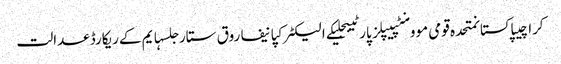
کراچیپاکستانمتحدہ قومی موومنٹپیپلز پارٹیبجلیکے الیکٹرکپانیفاروق ستارجلسہایم کےریکارڈعدالت